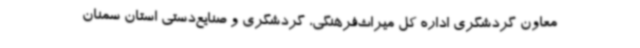
معاون گردشگری اداره کل میراث‌فرهنگی، گردشگری و صنایع‌دستی استان سمنان